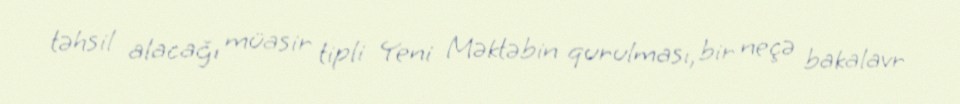
təhsil alacağı müasir tipli Yeni Məktəbin qurulması, bir neçə bakalavr